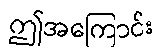
ဤအကြောင်း